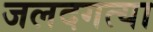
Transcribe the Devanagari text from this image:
जलदगत्या